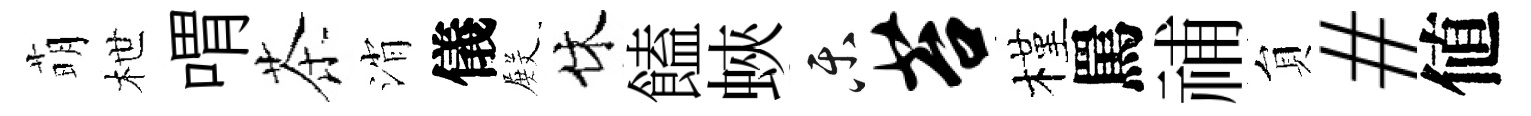
萌枻喟茶消儀𭮺休饁蛺乐苔槿罵𥙷貟#値